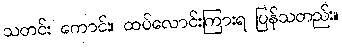
သတင်း ကောင်း၊ ထပ်လောင်းကြားရ ပြန်သတည်း။